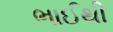
ભાઈથી